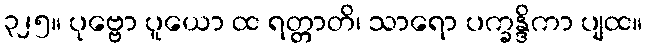
၃၂၅။ ပုဗ္ဗော ပူယော ထ ရတ္တာတိ၊ သာရော ပက္ခန္ဒိကာ ပျထ။